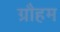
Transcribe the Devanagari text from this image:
ग्रौहम